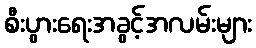
စီးပွားရေးအခွင့်အလမ်းများ